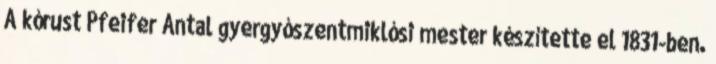
A kórust Pfeifer Antal gyergyószentmiklósi mester készítette el 1831-ben.